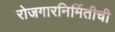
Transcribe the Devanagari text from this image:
रोजगारनिर्मितीची